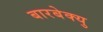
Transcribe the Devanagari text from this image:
बारबेक्यु